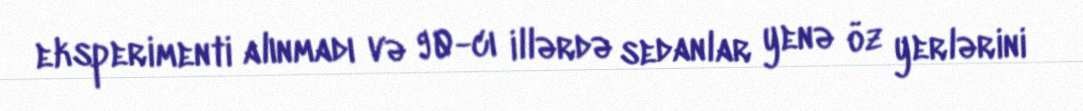
eksperimenti alınmadı və 90-cı illərdə sedanlar yenə öz yerlərini